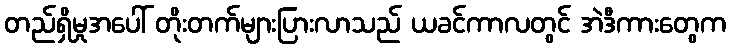
တည်ရှိမှုအပေါ် တိုးတက်များပြားလာသည် ယခင်ကာလတွင် အဲဒီကားတွေက